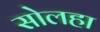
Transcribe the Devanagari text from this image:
सोलहा